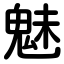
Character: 魅